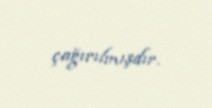
çağırılmışdır.